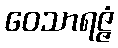
ဝေသာရဇ္ဇံ